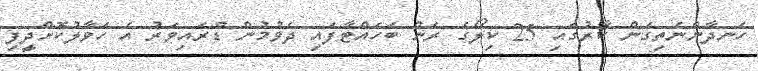
ހަނދާންނެތިގެން ކާރުގައި 25 ކިލޯގެ ރަން ބަހައްޓާފައި ދެވުމުން ޑްރައިވަރު އެ ހަވާލުކޮށްދީފި